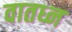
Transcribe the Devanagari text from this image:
वातध्न